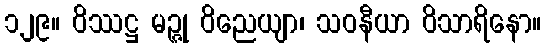
၁၂၉။ ဝိဿဋ္ဌ မဉ္ဇု ဝိညေယျာ၊ သဝနီယာ ဝိသာရိနော။